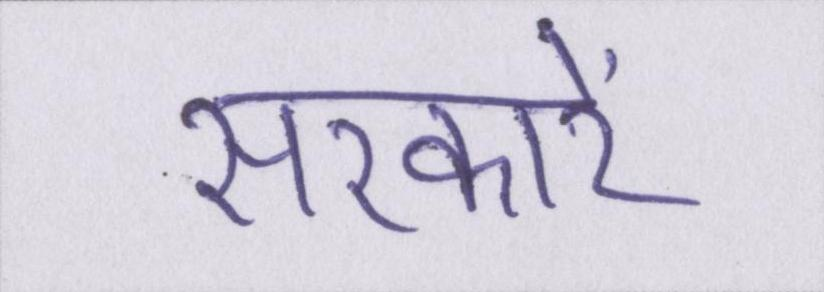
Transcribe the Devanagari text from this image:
सरकारें